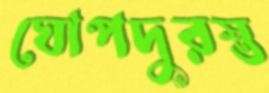
ঘোপদুরস্ত